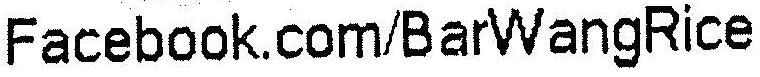
FACEBOOK.COM/BARWANGRICE